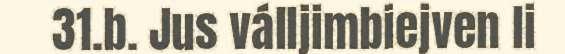
31.b. Jus válljimbiejven li